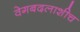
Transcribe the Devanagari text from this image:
वेगबदलाशीच